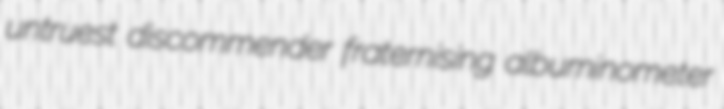
untruest discommender fraternising albuminometer